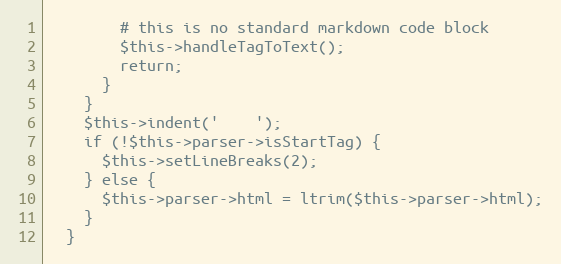
Language: PHP
        # this is no standard markdown code block
        $this->handleTagToText();
        return;
      }
    }
    $this->indent('    ');
    if (!$this->parser->isStartTag) {
      $this->setLineBreaks(2);
    } else {
      $this->parser->html = ltrim($this->parser->html);
    }
  }